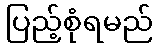
ပြည့်စုံရမည်